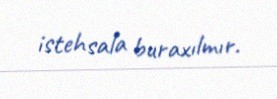
istehsala buraxılmır.